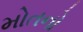
મોતનો